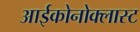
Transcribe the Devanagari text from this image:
आईकोनोक्लास्ट